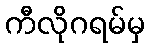
ကီလိုဂရမ်မှ